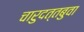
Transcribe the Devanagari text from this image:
चारुदत्तबुवा